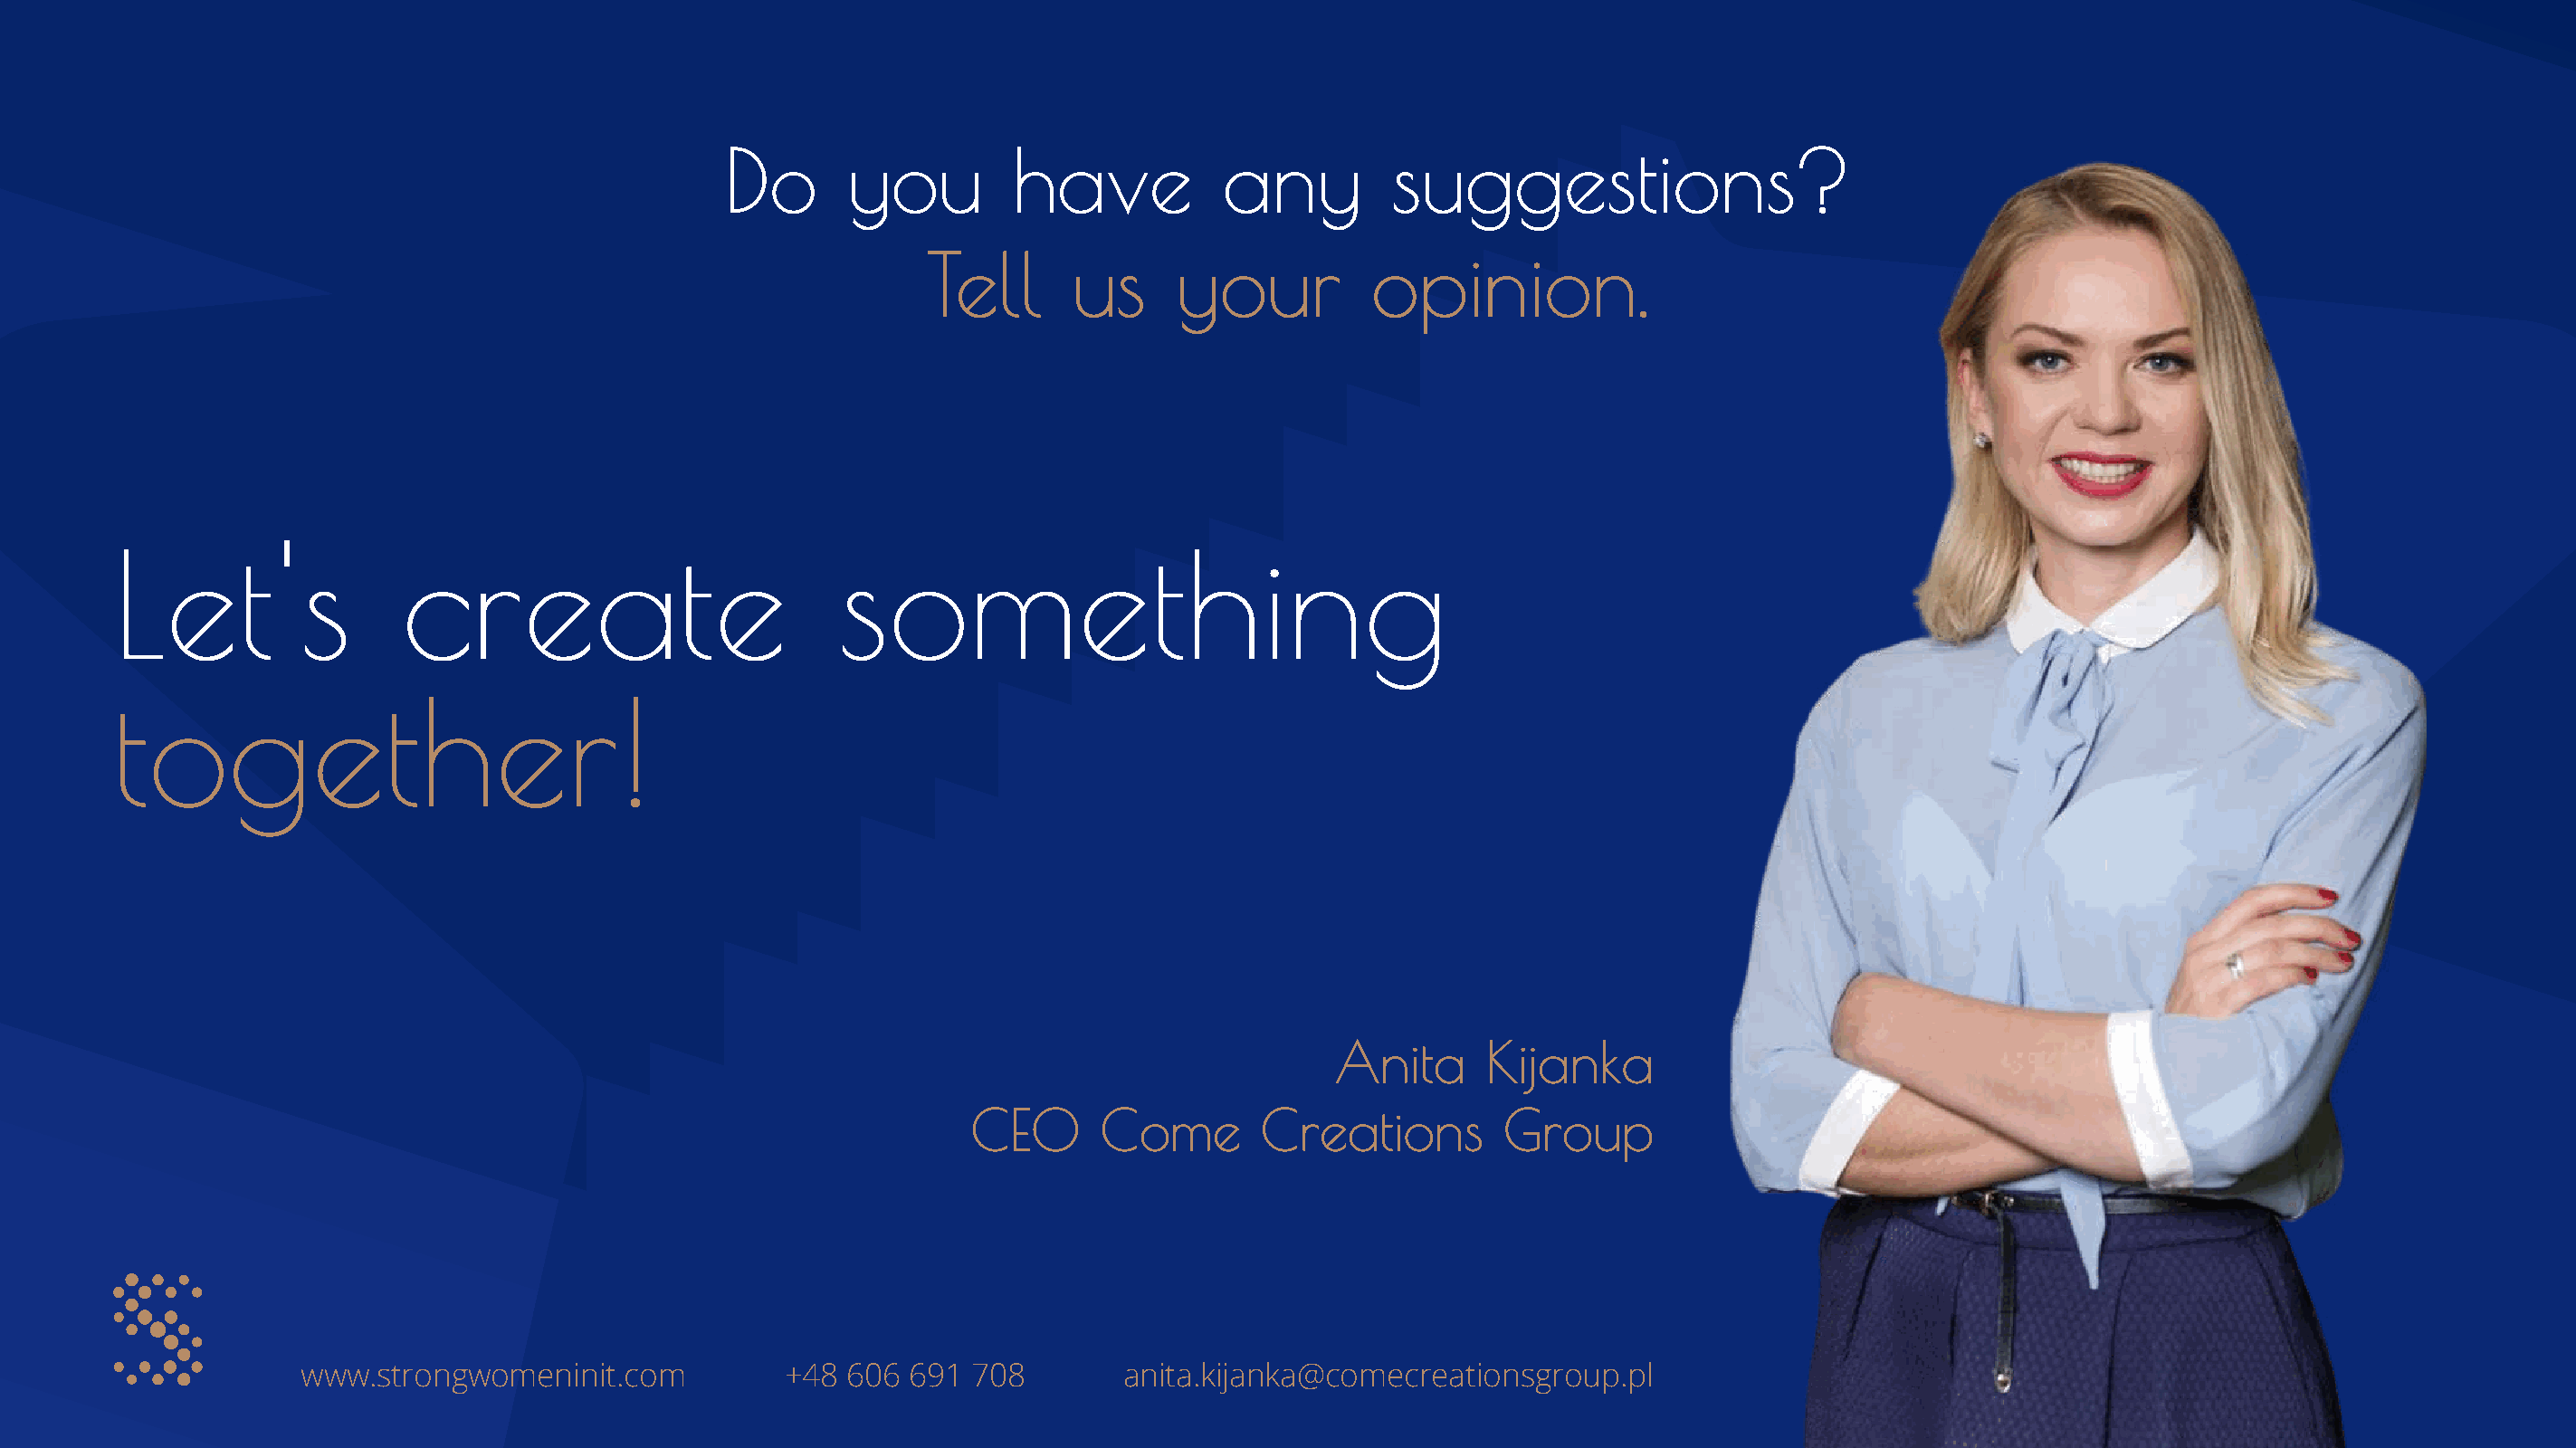
Do       you         have           any          suggestions?
 Tell      us      your          opinion.
 Let's                create                          something
 together!
 Anita      Kijanka
 CEO      Come        Creations         Group
 www.strongwomeninit.com            +48  606 691  708        anita.kijanka@comecreationsgroup.pl